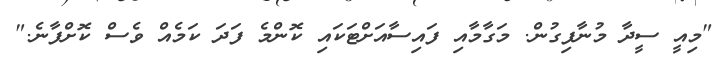
"މިއީ ސީދާ މުނާފިގުން. މަގާމާއި ފައިސާއަށްޓަކައި ކޮންމެ ފަދަ ކަމެއް ވެސް ކޮށްފާނެ."